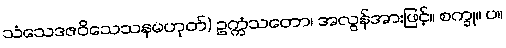
သံသေဒဇဝိသေသနမဟုတ်) ဥက္ကံသတော၊ အလွန်အားဖြင့်။ စက္ခု။ ပ။